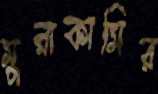
মুরাকামির